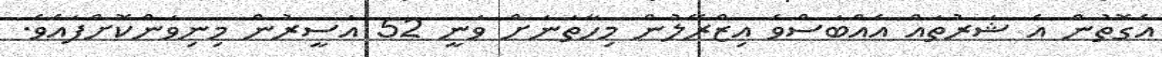
އެގޮތުން އެ ޝަރުތައް އެއްބަސްވެ އިޒްރޭލުން މިހާތަނަށް ވަނީ 52 އަސީރުން މިނިވަންކޮށްފައެވެ.